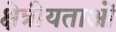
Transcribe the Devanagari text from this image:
क्षेत्रीयताओं